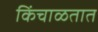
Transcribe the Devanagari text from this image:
किंचाळतात